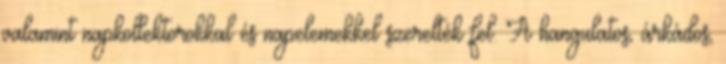
valamint napkollektorokkal és napelemekkel szerelték fel. A hangulatos, árkádos,